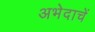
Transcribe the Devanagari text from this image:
अभेदाचें